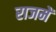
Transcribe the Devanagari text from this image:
राजमें